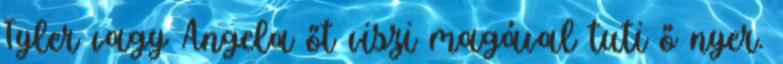
Tyler vagy Angela őt viszi magával tuti ő nyer.